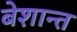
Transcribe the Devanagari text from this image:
बेशान्त